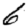
Digit: 6